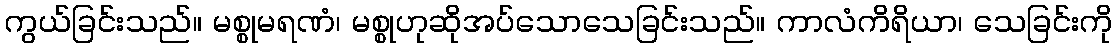
ကွယ်ခြင်းသည်။ မစ္စုမရဏံ၊ မစ္စုဟုဆိုအပ်သောသေခြင်းသည်။ ကာလံကိရိယာ၊ သေခြင်းကို